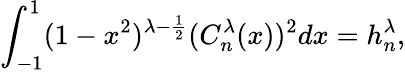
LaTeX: \int_{-1}^{1}(1-x^{2})^{\lambda-\frac{1}{2}}(C_{n}^{\lambda}(x))^{2}dx=h_{n}^{\lambda},